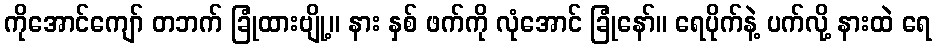
ကိုအောင်ကျော် တဘက် ခြုံထားဗျို့။ နား နှစ် ဖက်ကို လုံအောင် ခြုံနော်။ ရေပိုက်နဲ့ ပက်လို့ နားထဲ ရေ